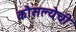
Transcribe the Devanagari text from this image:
कौसल्येची